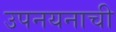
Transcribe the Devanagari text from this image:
उपनयनाची